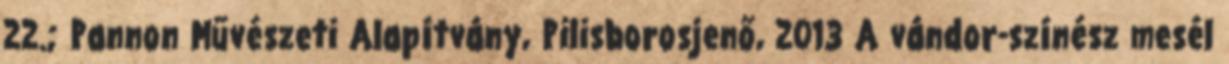
22.; Pannon Művészeti Alapítvány, Pilisborosjenő, 2013 A vándor-színész mesél